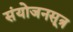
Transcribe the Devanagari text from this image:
संयोजनसूत्र